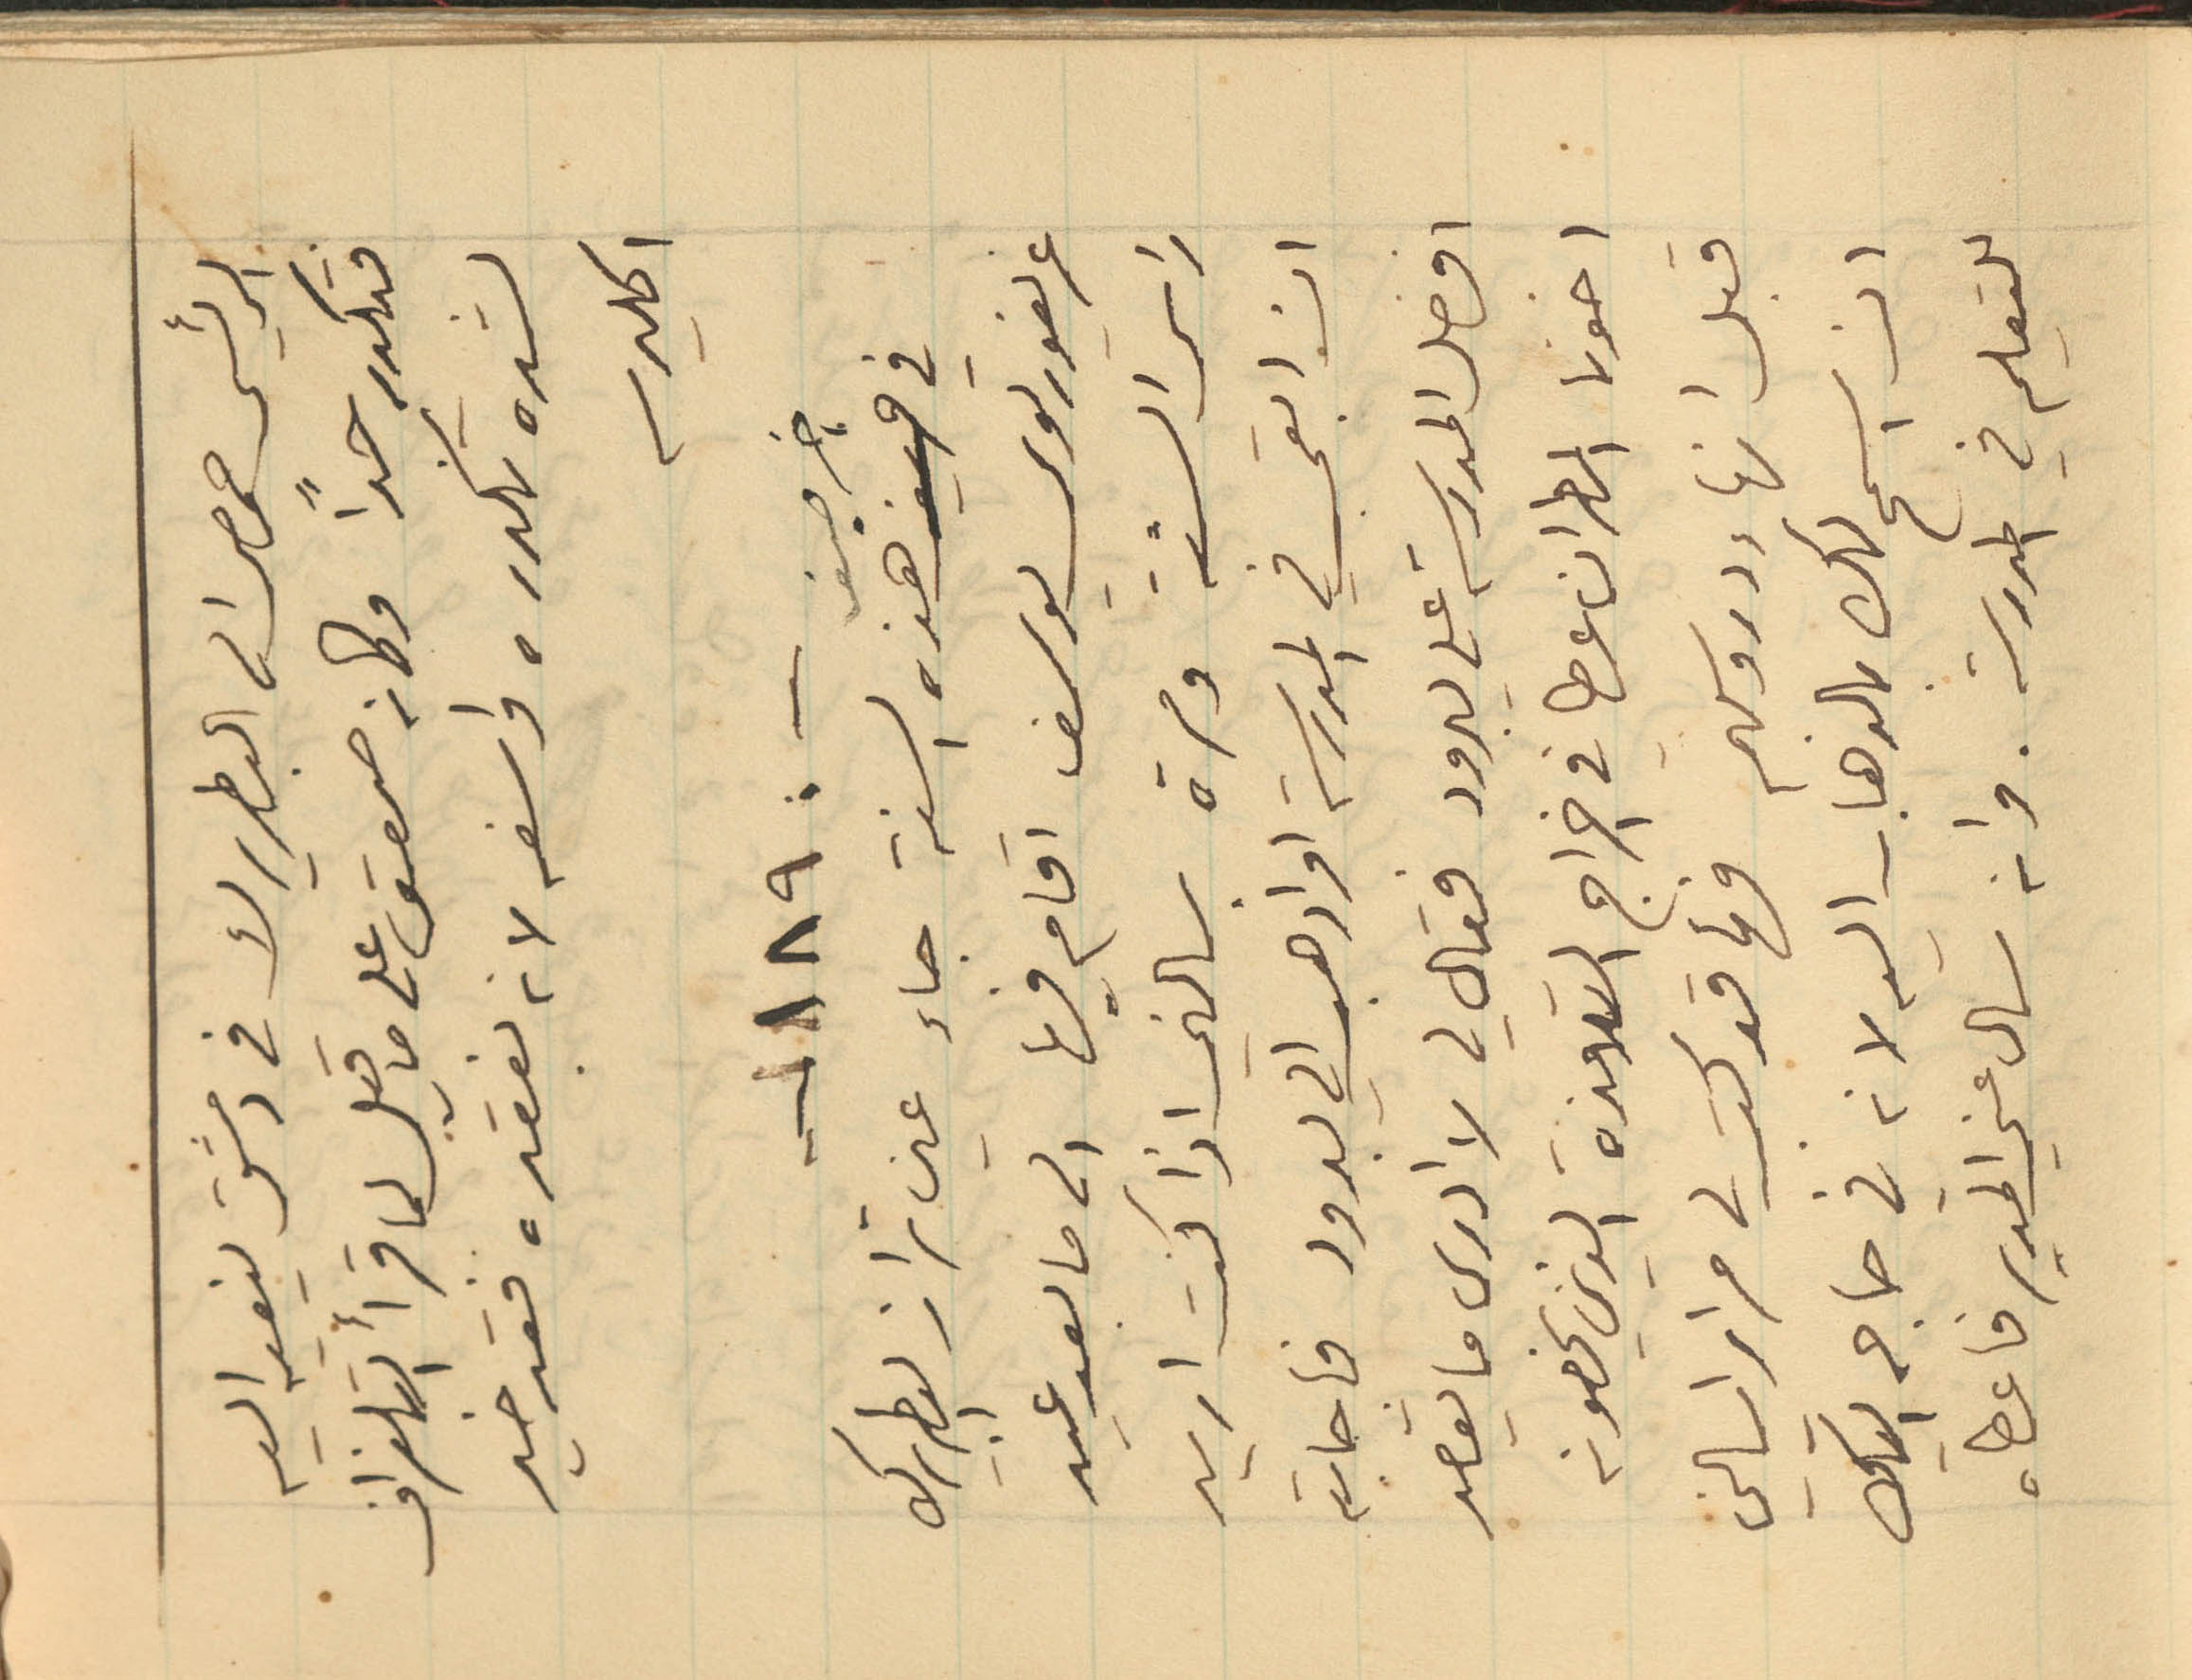
الرئيس حمصي الى البطريرك في دمشق ينعيه اليه
فتكدر جداً وكان صعق على ما قيل لما قرأ التلغراف
لشدة تكدره واسفه لانه بفقده فقد خير
اكليرسه
-1890-
في اخر صيف هذه السنة جاء عين تراز البطريرك
غريغوريوس يوسف اقام فيها الى ما بعد عيد
راس السنة ومرة بسالني اذا كنت اريد
ان ابقى في المدرسة او اذهب الى يبرود فأجابته
افضل المدرسة على يبرود فقال لي لا ادرى ما يقصد
اخونا المطران عطا في اخراج التلامذة الذي يخصونه
قبل انهاء دروسهم فها قد كتب لي مرارا يسالني
ان اسمح لك بالذهاب اليه لانه في حاجه اليك
للتعليم في المدرسة. وانه سال عني المدير فاعطاه